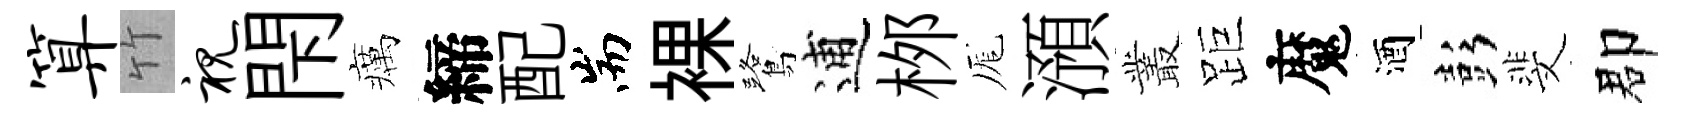
算竹视閇癘締配耑裸鷺逋桞厖澦叢距魔酒彭斐郡